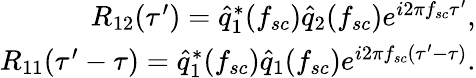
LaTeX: \begin{array}{r}{R_{12}(\tau^{\prime})=\hat{q}_{1}^{*}(f_{sc})\hat{q}_{2}(f_{sc})e^{i2\pi f_{sc}\tau^{\prime}},}\\ {R_{11}(\tau^{\prime}-\tau)=\hat{q}_{1}^{*}(f_{sc})\hat{q}_{1}(f_{sc})e^{i2\pi f_{sc}(\tau^{\prime}-\tau)}.}\end{array}